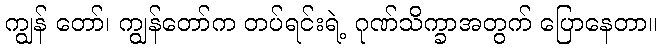
ကျွန် တော်၊ ကျွန်တော်က တပ်ရင်းရဲ့ ဂုဏ်သိက္ခာအတွက် ပြောနေတာ။